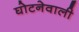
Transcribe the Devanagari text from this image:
घोटनेवाली